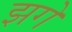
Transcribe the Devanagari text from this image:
झगे